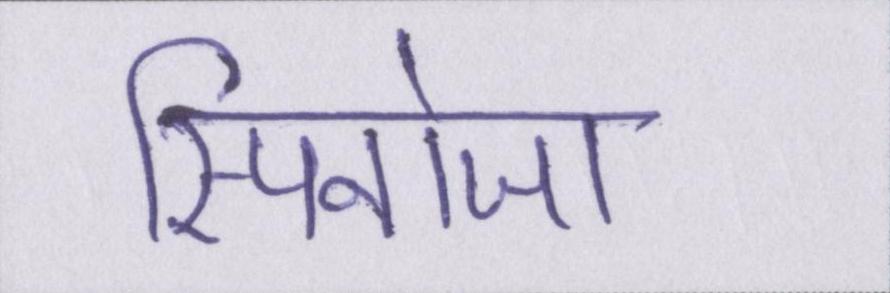
स्पिनोजा